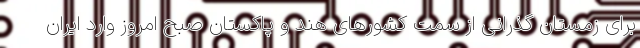
برای زمستان گذرانی از سمت کشورهای هند و پاکستان صبح امروز وارد ایران